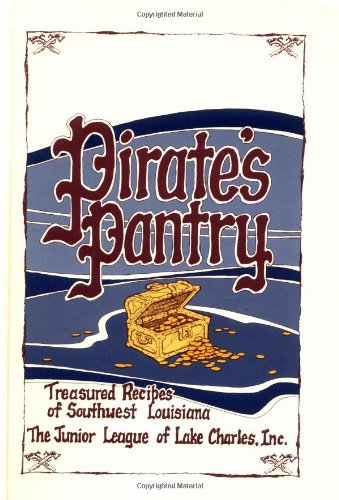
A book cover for Pirate's Pantry: Treasured Recipes of Southwest Louisiana; Junior League Of Lake Charles  Louisiana; Cookbooks, Food & Wine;